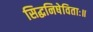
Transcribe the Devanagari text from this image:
सिद्धनिषेविताः॥